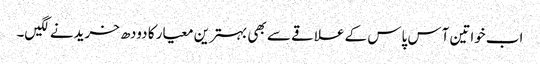
اب خواتین آس پاس کے علاقے سے بھی بہترین معیار کا دودھ خریدنے لگیں۔